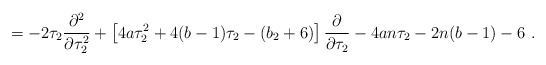
\begin{align*}= -2\tau_2 \frac{\partial^2}{\partial\tau_2^2}+\left[4a\tau_2^2 + 4(b-1)\tau_2 - (b_2+6)\right]\frac{\partial}{\partial\tau_2} - 4an\tau_2-2n(b-1)-6\ .\end{align*}